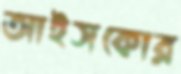
আইসকোর